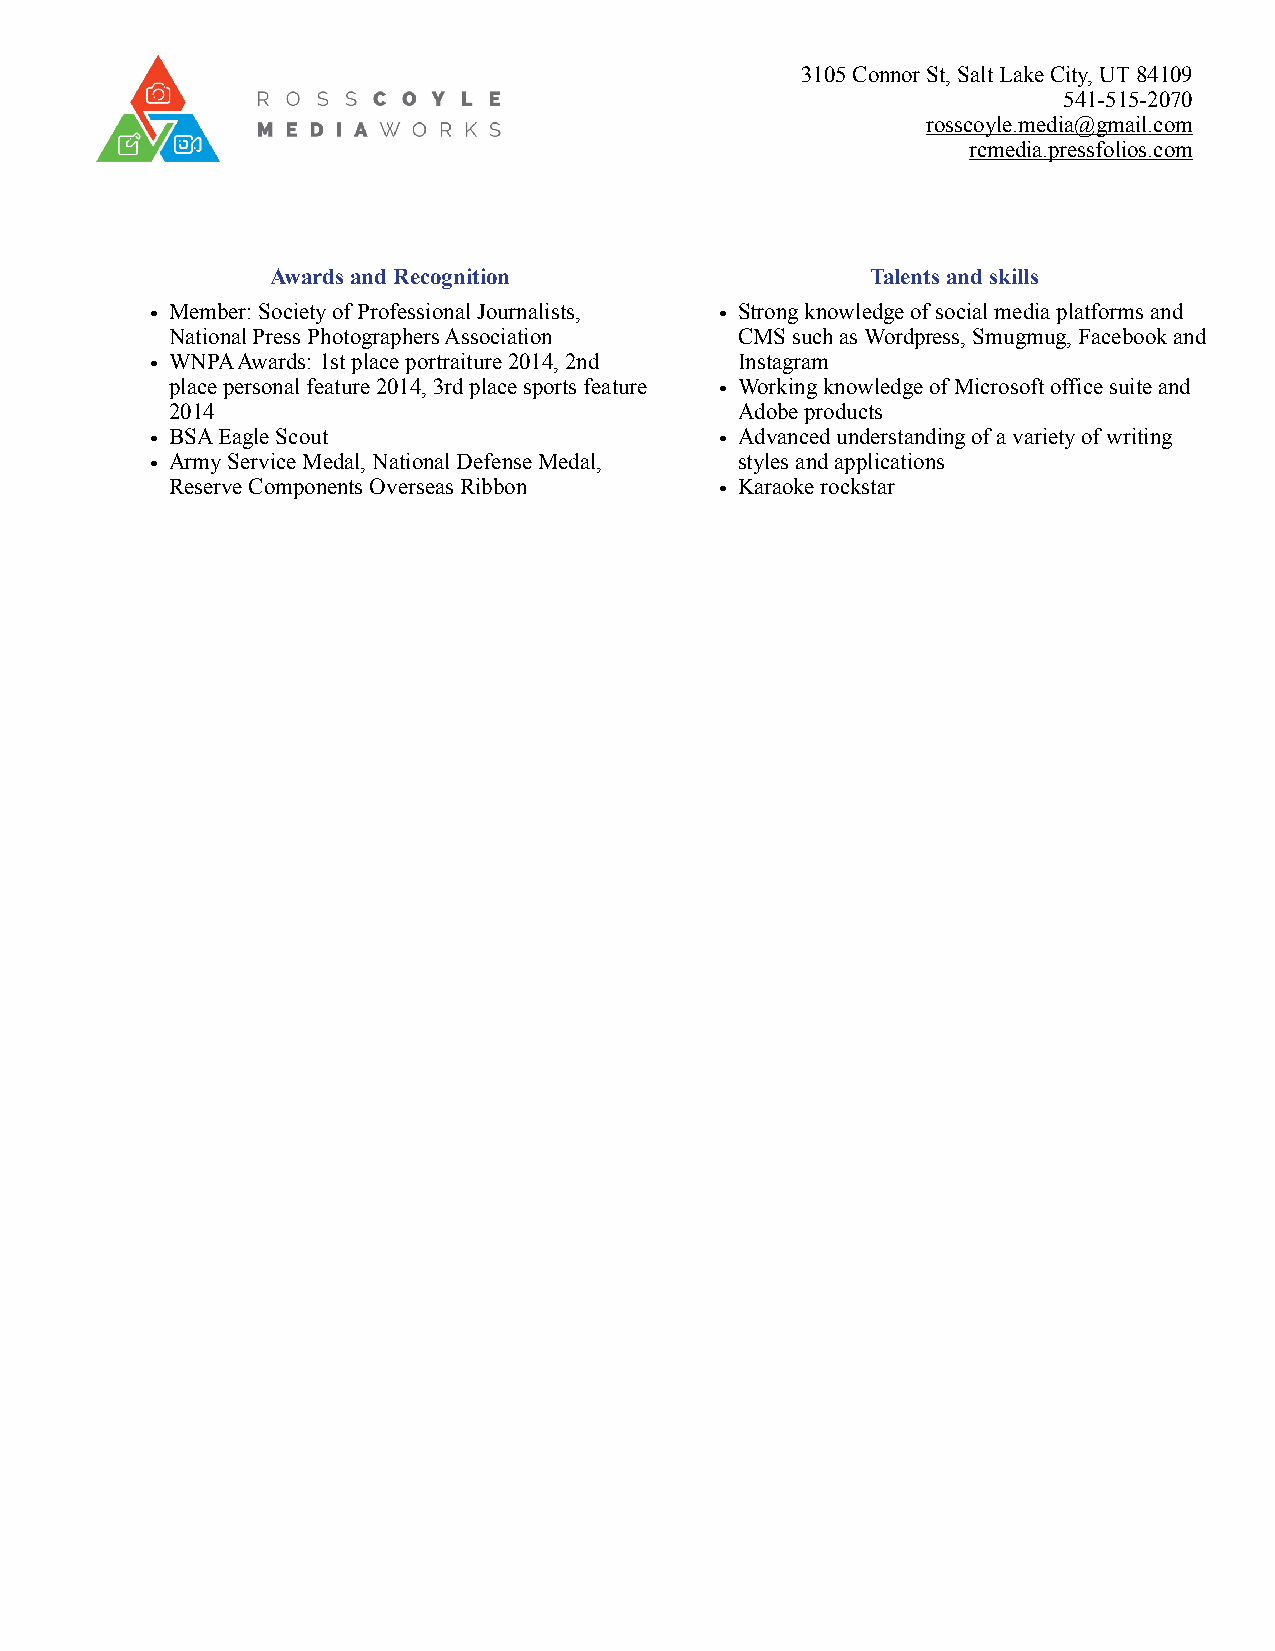
3105 Connor St, Salt Lake City, UT 84109
 541-515-2070
 rosscoyle.media@gmail.com
 rcmedia.pressfolios.com
 Awards and Recognition                  Talents and skills
 • Member: Society of Professional Journalists, • Strong knowledge of social media platforms and
 National Press Photographers Association CMS such as Wordpress, Smugmug, Facebook and
 • WNPA Awards: 1st place portraiture 2014, 2nd Instagram
 place personal feature 2014, 3rd place sports feature • Working knowledge of Microsoft office suite and
 2014                                  Adobe products
 • BSA Eagle Scout                     • Advanced understanding of a variety of writing
 • Army Service Medal, National Defense Medal, styles and applications
 Reserve Components Overseas Ribbon   • Karaoke rockstar